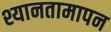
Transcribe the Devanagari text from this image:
श्यानतामापन